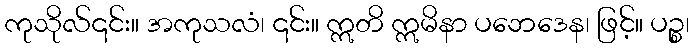
ကုသိုလ်၎င်း။ အကုသလံ၊ ၎င်း။ ဣတိ ဣမိနာ ပဘေဒေန၊ ဖြင့်။ ပဉ္စ၊